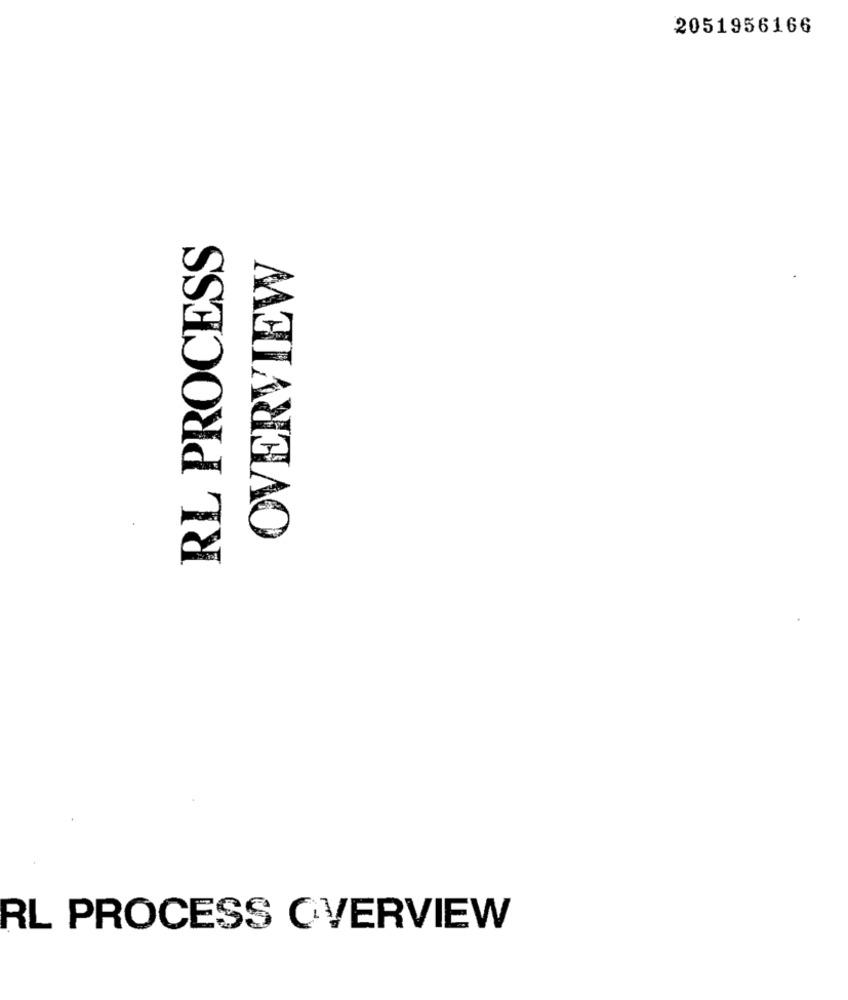
2051956166
RL PROCESS
OVERVIEW
RL PROCESS OVERVIEW